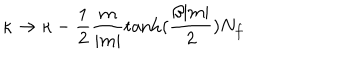
LaTeX: \kappa \to \kappa - \frac { 1 } { 2 } \frac { m } { | m | } \tanh ( \frac { \beta | m | } { 2 } ) N _ { f }